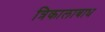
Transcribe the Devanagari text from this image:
त्रिकालाबाध